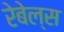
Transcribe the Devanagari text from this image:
रेबेल्स